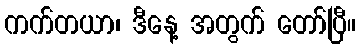
ကက်တယာ၊ ဒီနေ့ အတွက် တော်ပြီ။